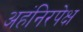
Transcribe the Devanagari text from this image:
अहंनिरपेक्ष